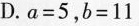
D.a=5，b=11